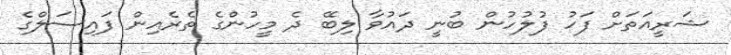
ޝަރީއަތަށް ފަހު ފުލުހުން ބުނީ ދައުވާ ލިބޭ ދެ މީހުންގެ ތެރެއިން ފައިސަލްގެ